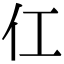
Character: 仜